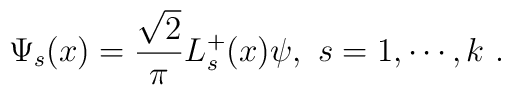
\Psi_s(x) =\frac{\sqrt{2}}{\pi} L^+_s(x) \psi,  ~s=1,\cdots,k~.